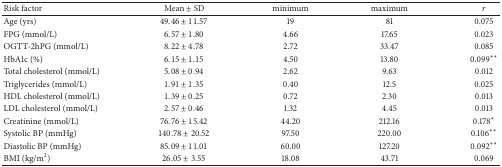
| Risk factor | Mean ± SD | minimum | maximum | r |
 | --- | --- | --- | --- | --- |
 | Age (yrs) | 49.46 ± 11.57 | 19 | 81 | 0.075 |
 | FPG (mmol/L) | 6.57 ± 1.80 | 4.66 | 17.65 | 0.023 |
 | OGTT-2hPG (mmol/L) | 8.22 ± 4.78 | 2.72 | 33.47 | 0.085 |
 | HbA1c (%) | 6.15 ± 1.15 | 4.50 | 13.80 | 0.099∗∗ |
 | Total cholesterol (mmol/L) | 5.08 ± 0.94 | 2.62 | 9.63 | 0.012 |
 | Triglycerides (mmol/L) | 1.91 ± 1.35 | 0.40 | 12.5 | 0.025 |
 | HDL cholesterol (mmol/L) | 1.39 ± 0.25 | 0.72 | 2.30 | 0.013 |
 | LDL cholesterol (mmol/L) | 2.57 ± 0.46 | 1.32 | 4.45 | 0.013 |
 | Creatinine (mmol/L) | 76.76 ± 15.42 | 44.20 | 212.16 | 0.178∗ |
 | Systolic BP (mmHg) | 140.78 ± 20.52 | 97.50 | 220.00 | 0.106∗∗ |
 | Diastolic BP (mmHg) | 85.09 ± 11.01 | 60.00 | 127.20 | 0.092∗∗ |
 | BMI (kg/m2) | 26.05 ± 3.55 | 18.08 | 43.71 | 0.069 |